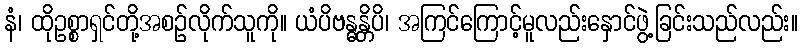
နံ၊ ထိုဥစ္စာရှင်တို့အစဉ်လိုက်သူကို။ ယံပိဗန္ဓန္တိပိ၊ အကြင်ကြောင့်မူလည်းနှောင်ဖွဲ့ခြင်းသည်လည်း။